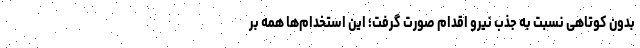
بدون کوتاهی نسبت به جذب نیرو اقدام صورت گرفت؛ این استخدام‌ها همه بر